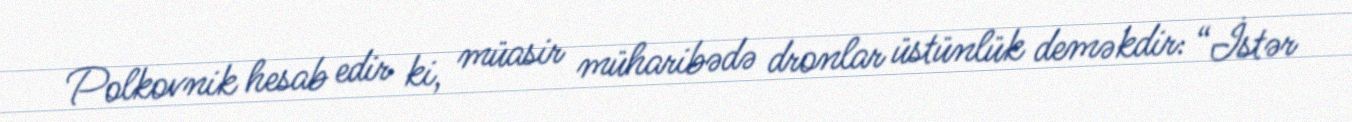
Polkovnik hesab edir ki, müasir müharibədə dronlar üstünlük deməkdir: “İstər